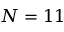
N = 1 1